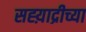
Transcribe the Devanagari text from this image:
सह्य़ाद्रीच्या